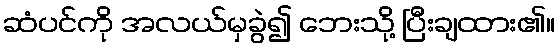
ဆံပင်ကို အလယ်မှခွဲ၍ ဘေးသို့ ပြီးချထား၏။